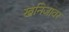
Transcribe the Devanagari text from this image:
खनिजावर